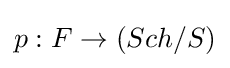
p:F\to (Sch/S)